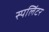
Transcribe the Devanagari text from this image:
स्पलिंटर